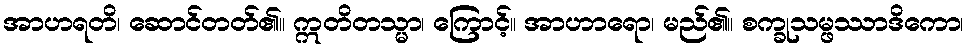
အာဟရတိ၊ ဆောင်တတ်၏။ ဣတိတသ္မာ၊ ကြောင့်။ အာဟာရော၊ မည်၏။ စက္ခုသမ္ဖဿာဒိကော၊